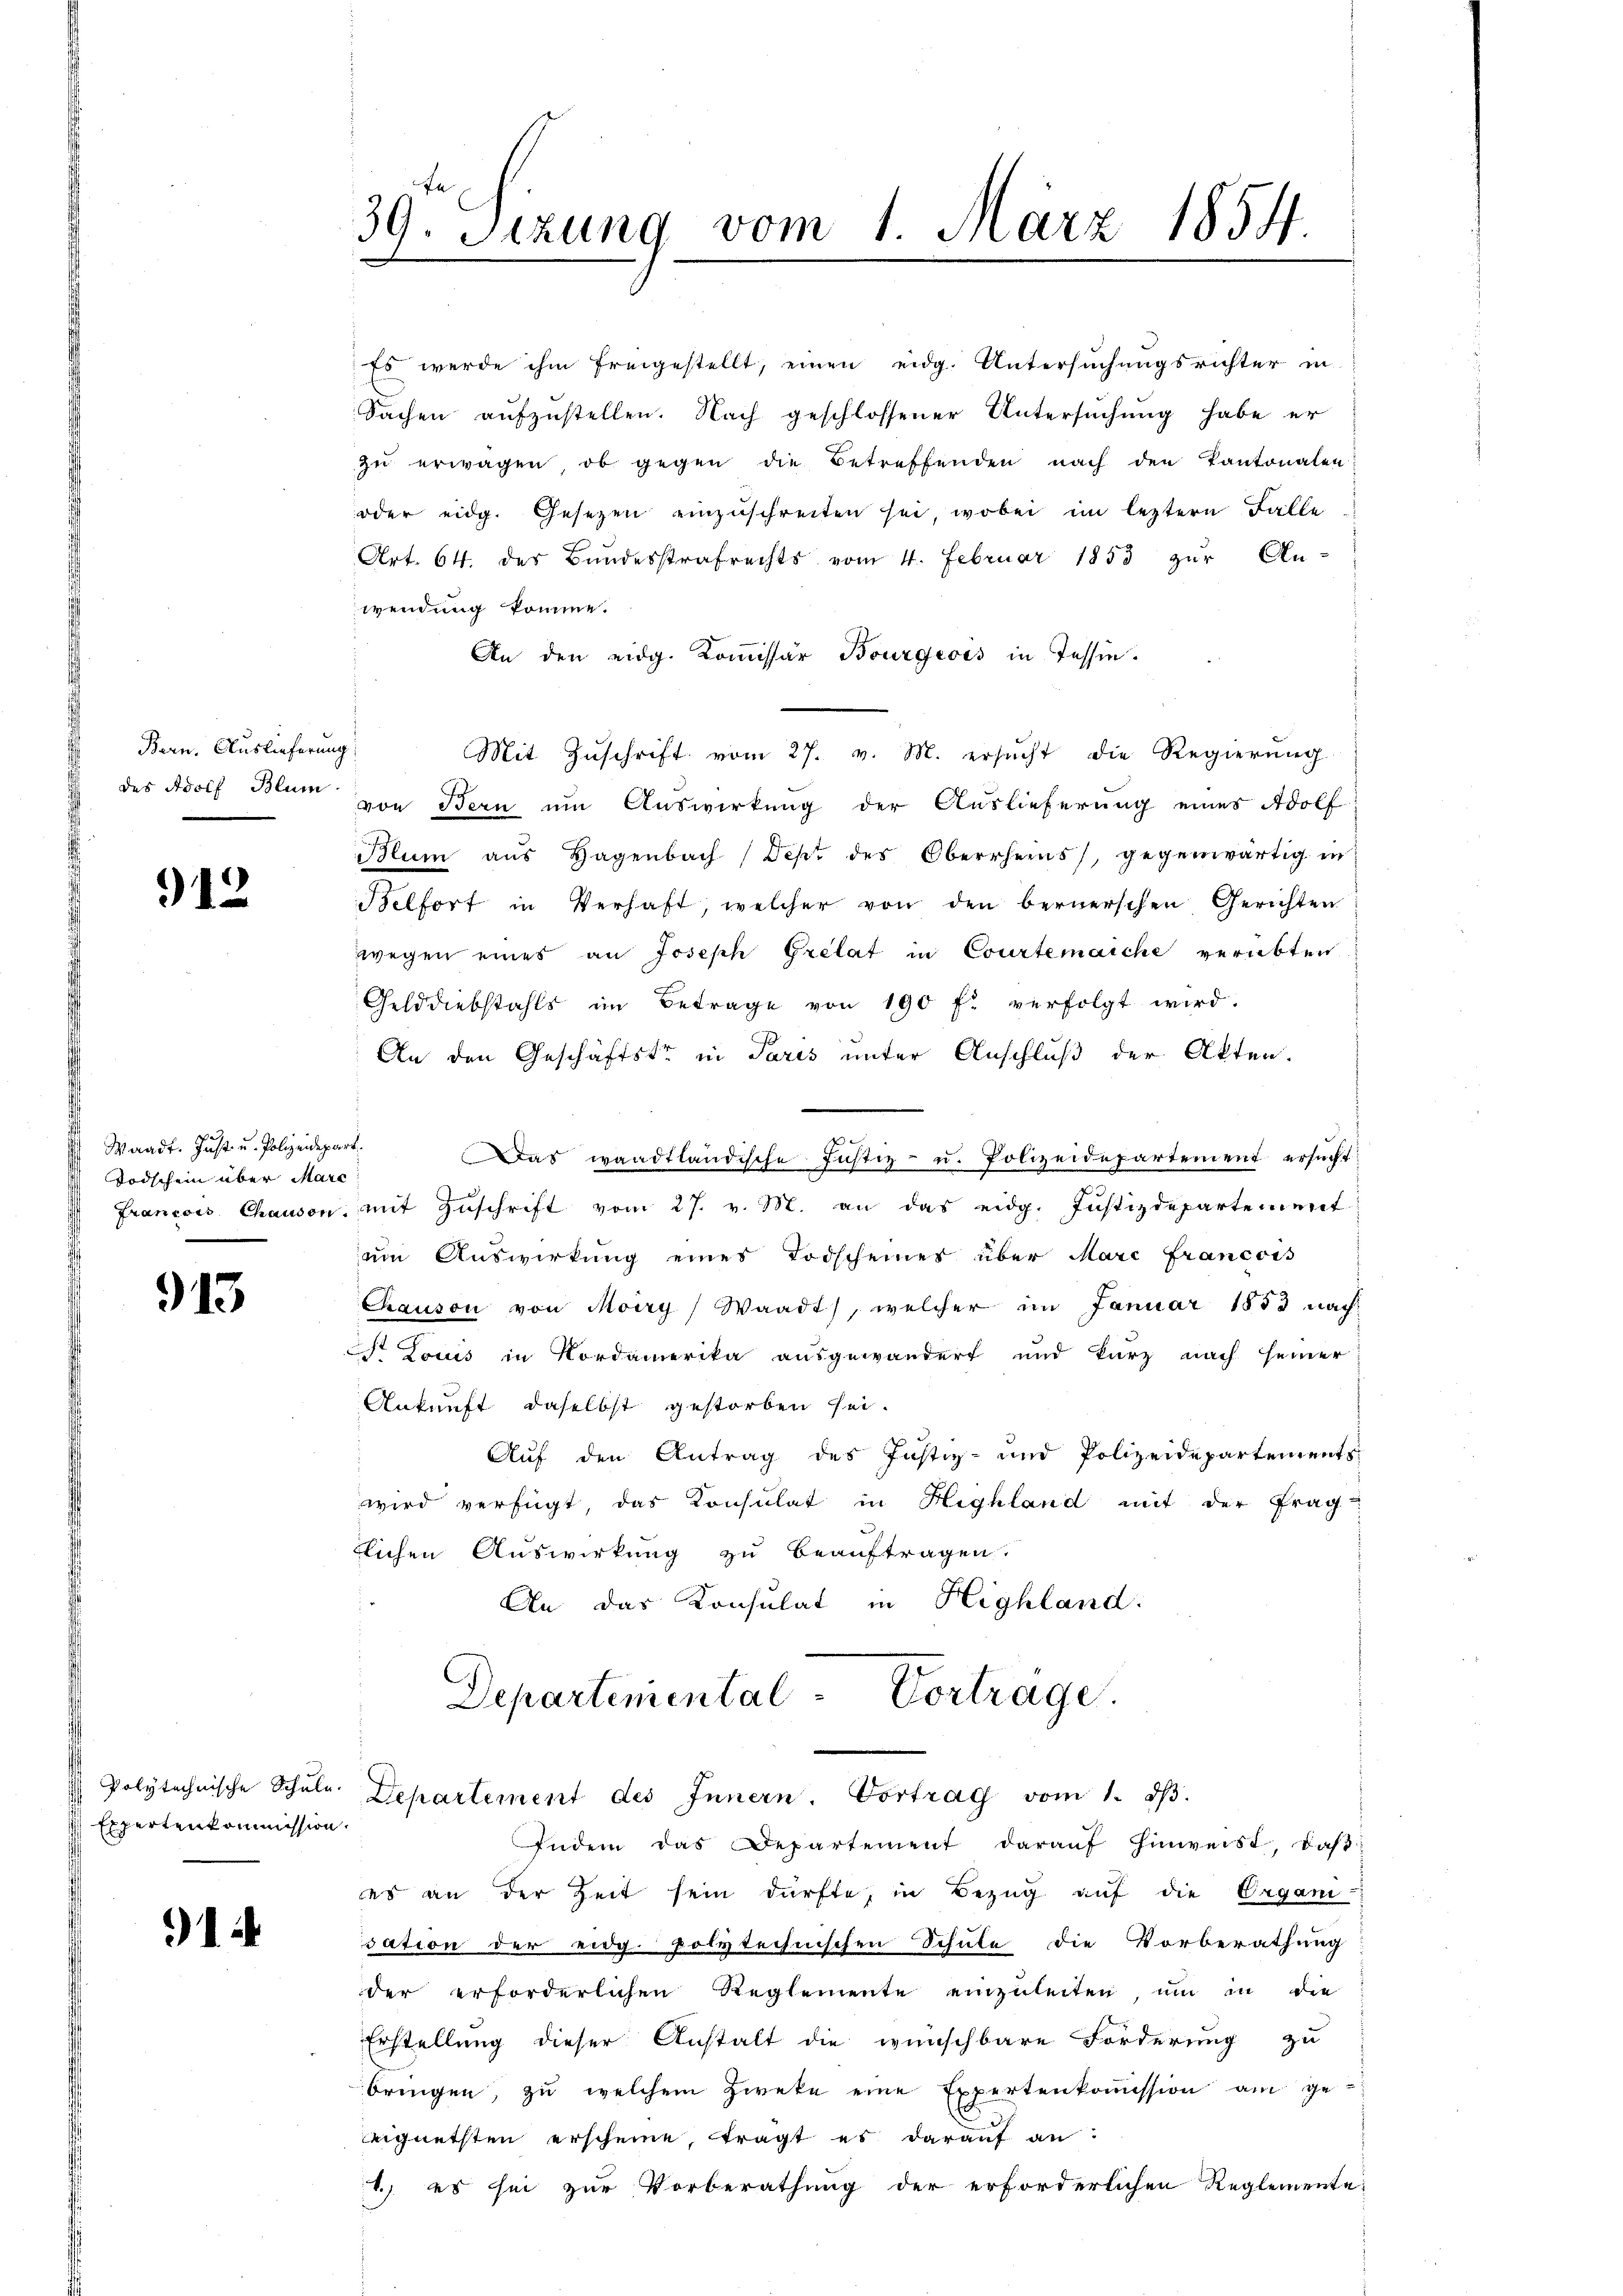
Bern. Auslieferung

912

Waadt. Just u. Polizeidepart.
Todschein über Marc

913

Expertenkommission.

1

Art. 64. des Bŭndesstrafrechts vom 4. Februar 1853 zŭr An-
wendung komme.
An den eidg. Kommissär Bourgeois in Tessin.
Mit Zŭschrift vom 27. v. M. ersŭcht die Regierŭng
des Adolf Blum von Bern um Auswirkung der Auslieferung eines Adolf
Blum aus Hagenbach Dept des Oberrheins, gegenwärtig in
Belfort in Verhaft, welcher von den bernerschen Gerichten
wegen eines an Joseph Grelat in Courtenaiche verübten
Gelddiebstahls im Betrage von 190 f. verfolgt wird.
An den Geschäftste in Paris unter Anschluß der Akten.
Das waadtländische Justiz- u. Polizeidepartement ersucht
Francois Chaison, mit Zŭschrift vom 27. v. M. an das eidg. Justizdepartement
ŭm Aŭswirkung eines Todscheiner über Marc francois
Canson von Moiry) Waadt, welcher im Januar 1853 nach¬
 Louis in Nordamerika ausgewandert und kurz nach seiner
Ankunft, daselbst gestorben sei.
Auf den Antrag des Justiz- und Polizeidepartements
wird verfügt das Konsulat in Highland mit der Frag-
tlichen Auswirkung zu beauftragen.
An das Konsulat in Highland:
Departemental-Vortrage.

39. Seizung vom 1. März 1854

Es werde ihm freigestellt, einen eidg. Untersuchungsrichter in
Sachen aufzustellen. Nach geschlossener Untersuchung habe er
zu erwagen, ob gegen die Betreffenden nach den Kantonalen
oder eidg. Gesetzen einzuschreiten sei, wobei im leztern Falle

Polytechnische Schŭle Departement des Innern Vortrag vom 1. dβ

Indem das Departement darauf hinweist, daβ
es an der Zeit sein dürfte, in Bezug auf die Organi-
sation der eidg. polytechnischen Schule die Vorberathung
der erforderlichen Reglemente einzuleiten, um in die
Erstellung dieser Anstalt die wünschbare Forderung zu
bringen, zu welchem Zwete eine Expertenkoṁission am ge-
eeignetsten erscheine, tragt es darauf an:
1.) es sei zur Vorberathung der erforderlichen Reglemente,